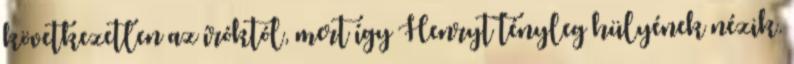
következetlen az íróktól, mert így Henryt tényleg hülyének nézik.